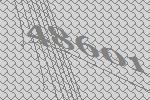
48601